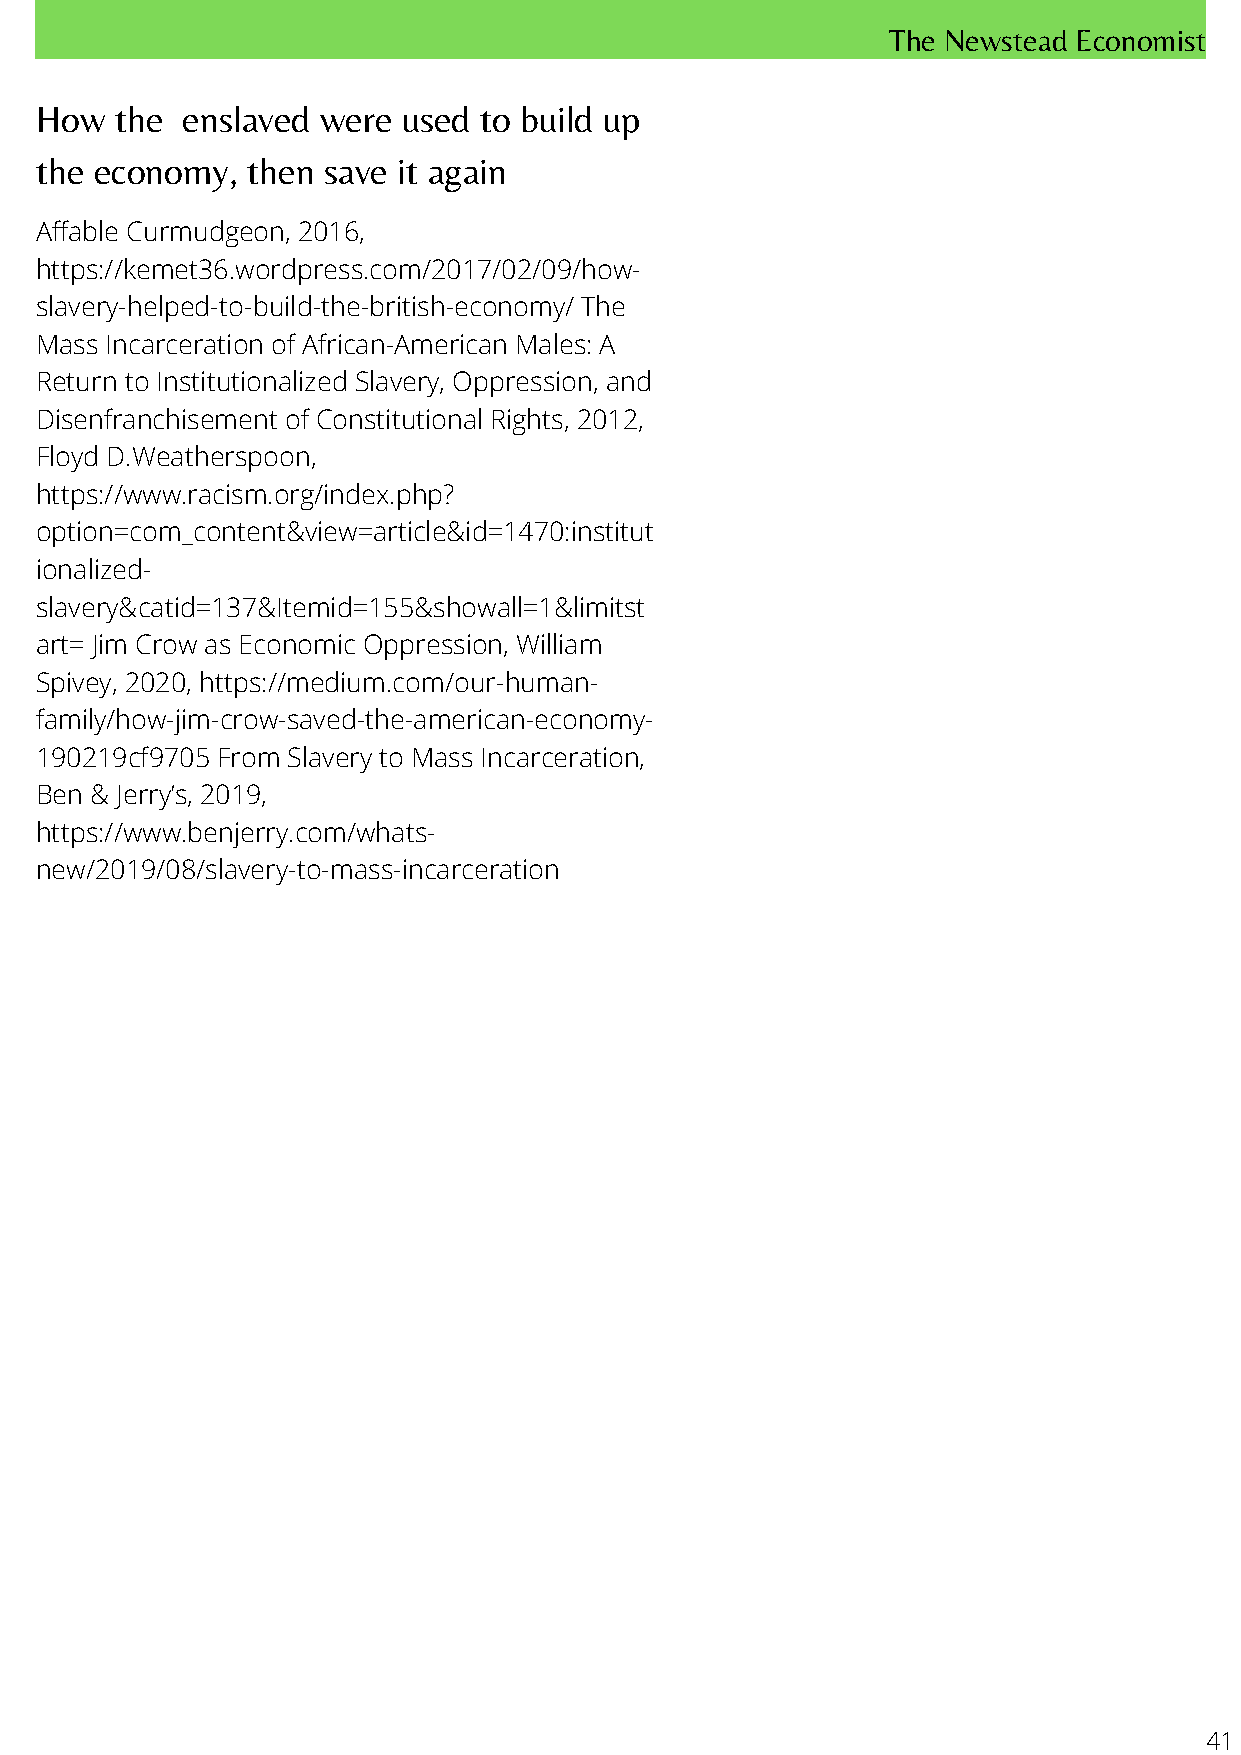
The Newstead Economist
 How   the enslaved were  used to build up
 the economy,  then save it again
 Affable Curmudgeon, 2016,
 https://kemet36.wordpress.com/2017/02/09/how-
 slavery-helped-to-build-th e-british-economy/ The
 Mass Incarceration of Afric an-American Males: A
 Return to Institutionalized Slavery, Oppression, and
 Disenfranchisement of Constitutional Rights, 2012,
 Floyd D.Weatherspoon,
 https://www.racism.org/index.php?
 option=com_content&view=article&id=1470:institut
 ionalized-
 slavery&catid=137&Itemid=155&showall=1&limitst
 art= Jim Crow as Economic Oppression, William
 Spivey, 2020, https://medium.com/our-human-
 family/how-jim-crow-saved-the-american-economy-
 190219cf9705 From Slavery to Mass Incarceration,
 Ben & Jerry’s, 2019,
 https://www.benjerry.com/whats-
 new/2019/08/slavery-to-mass-incarceration
 41